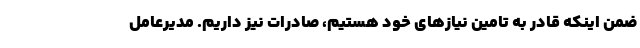
ضمن اینکه قادر به تامین نیازهای خود هستیم، صادرات نیز داریم. مدیرعامل